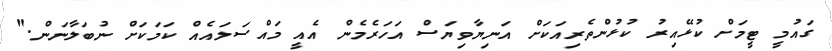
ގައުމީ ޓީމަށް ކުޅޭއިރު ކުޅުންތެރިއަކަށް އަނިޔާވިޔަސް އަހަރެމެން އެއީ މައްސަލައެއް ކަމަކަށް ނުބަލާނަން."